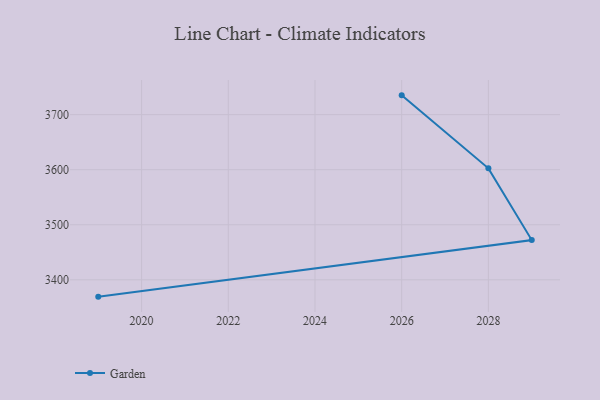
{"axis": {"x": "Year", "y": "Website Visitors"}, "legend": ["Garden"], "data": [{"x": "2026", "y": 3735.0, "type": "Garden"}, {"x": "2028", "y": 3602.4, "type": "Garden"}, {"x": "2029", "y": 3472.1, "type": "Garden"}, {"x": "2019", "y": 3369.4, "type": "Garden"}]}